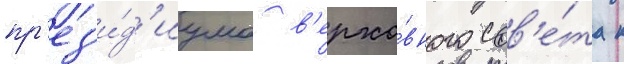
пр'ез'и́д'иума в'ерхо́вного сов'е́та к